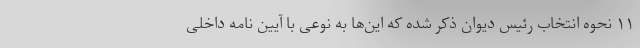
۱۱ نحوه انتخاب رئیس دیوان ذکر شده که این‌ها به نوعی با آیین نامه داخلی